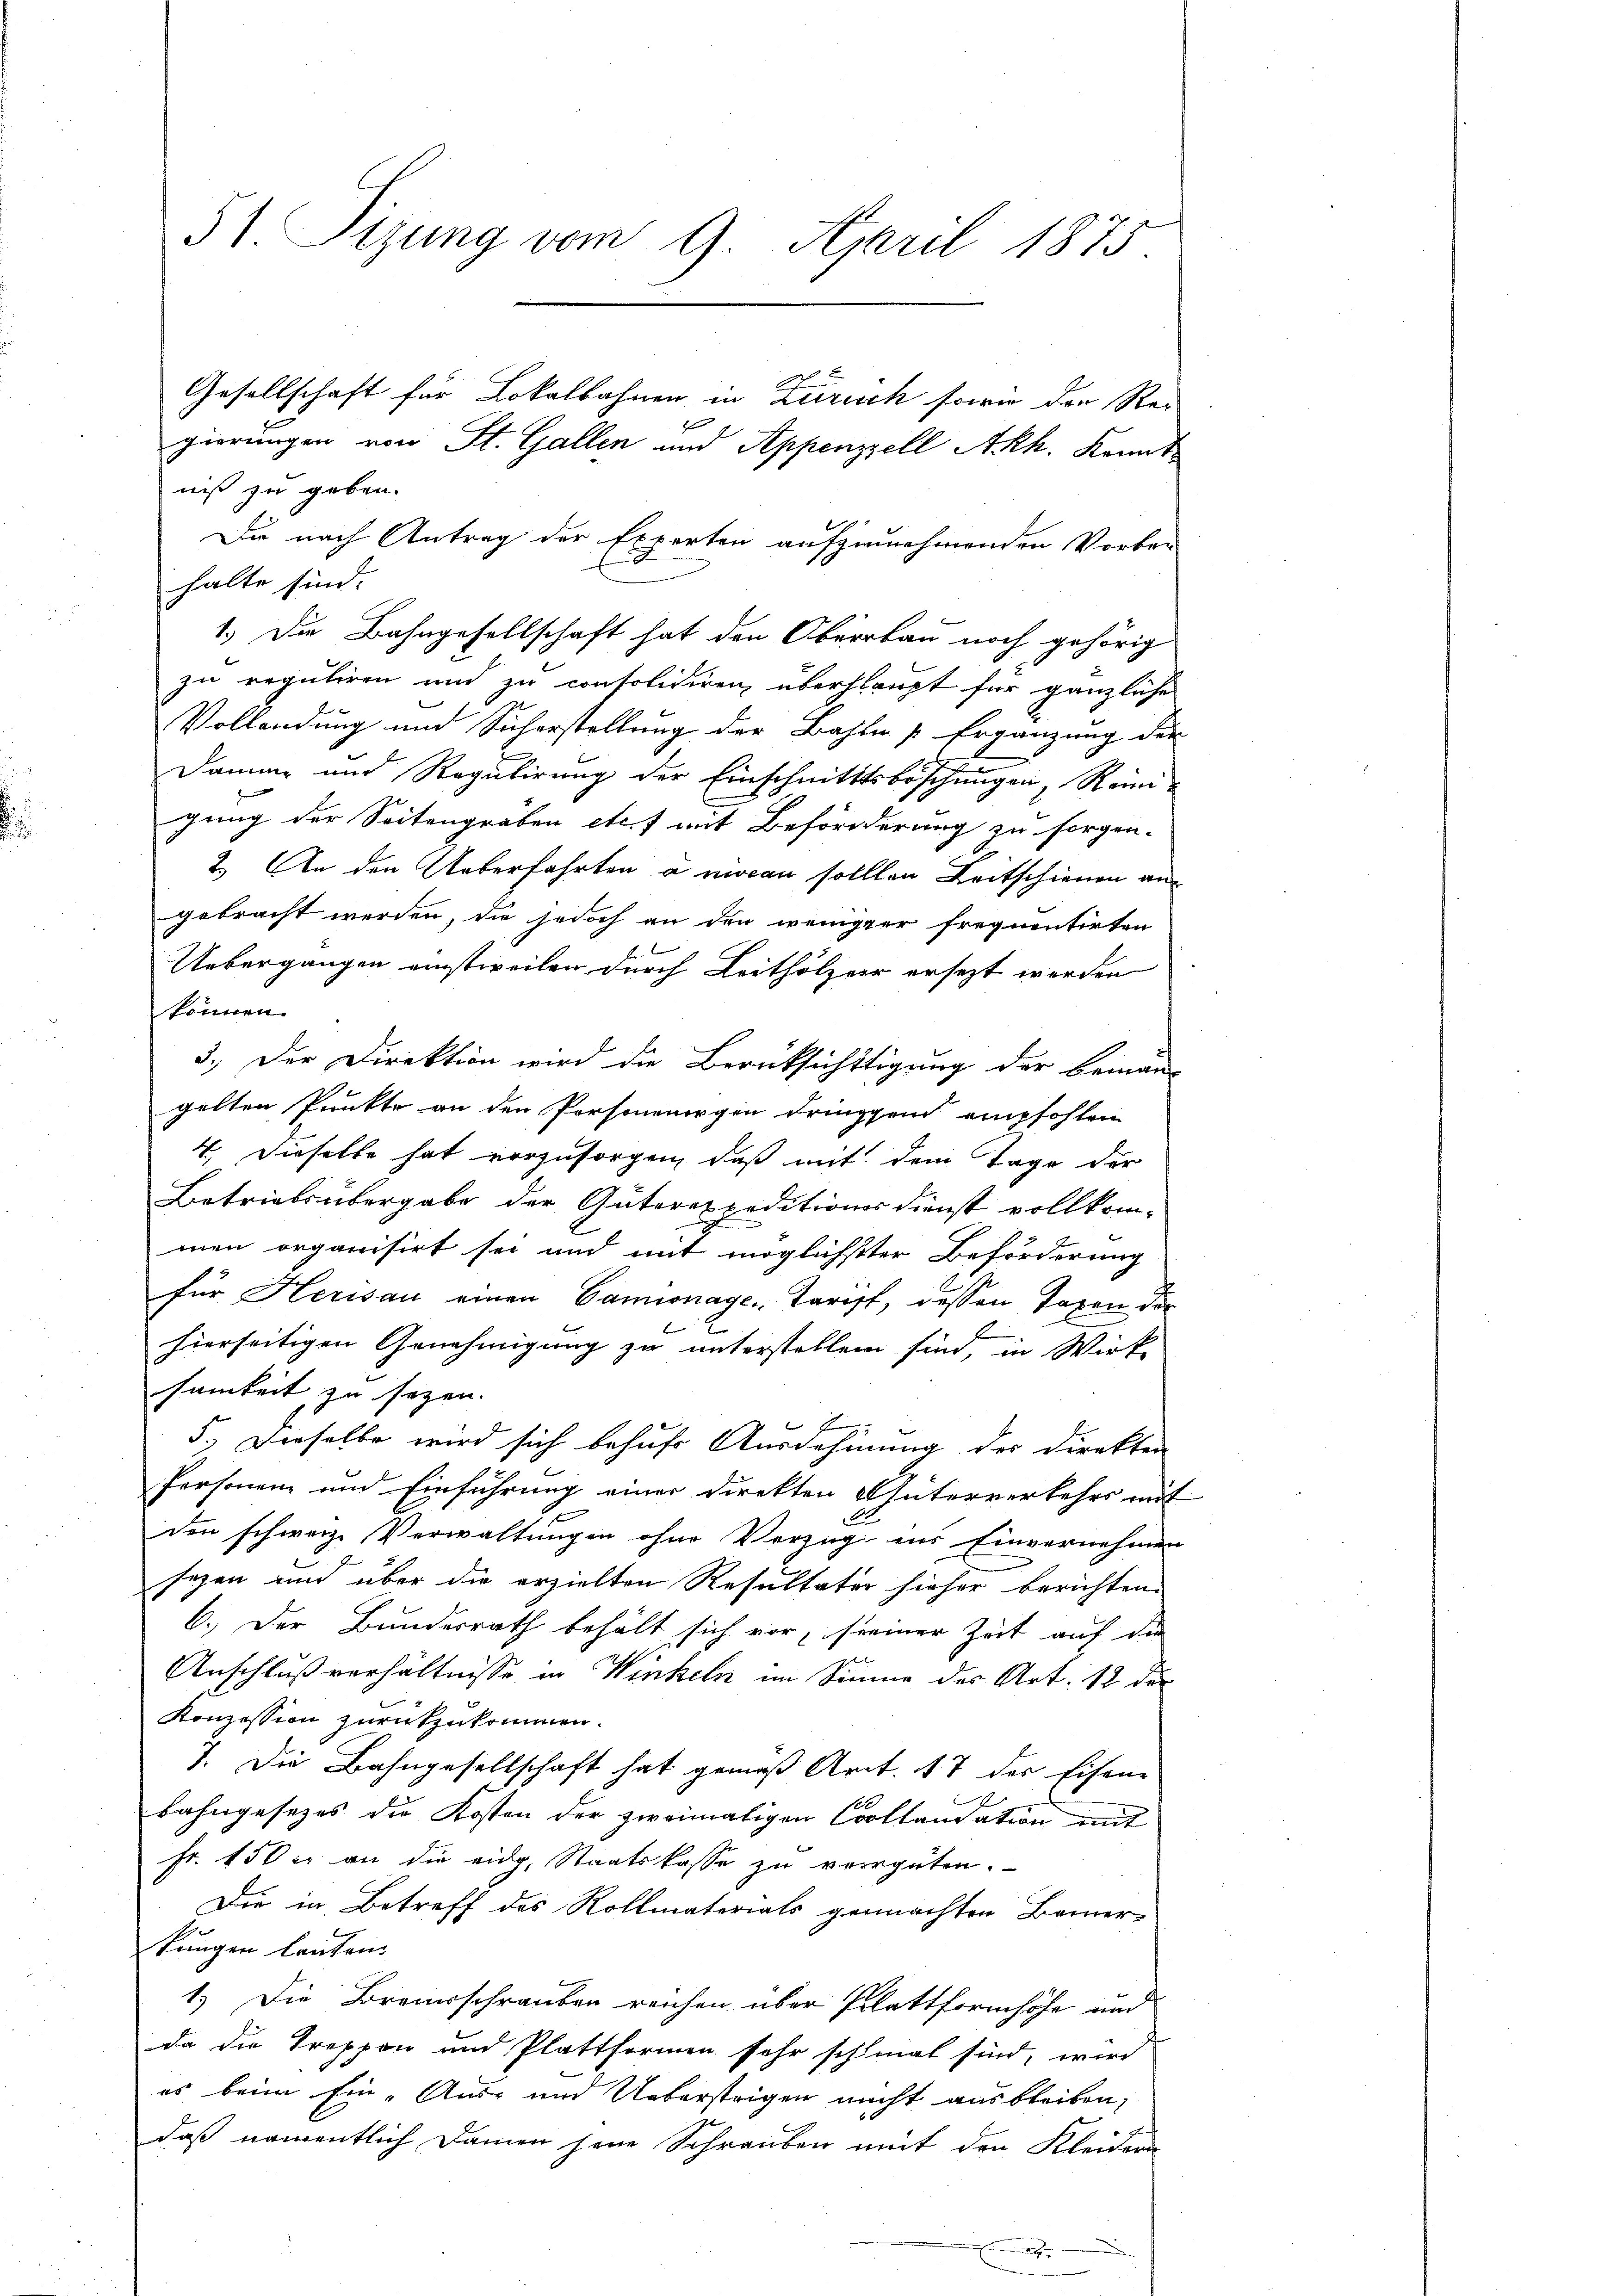
51 Sizung vom 9. April 1875

Gesellschaft für Lokalbahnen in Zürich sowie den Rei-
8
gierungen von St. Gallen und Appenzell Akh. konnt
niß zu geben.
Die nach Antrag der Experten aufzunehmenden Vorbe-
halte sind.
1.) Die Bahngesellschaft hat den Oberrbau noch gehörig
zu reguliren und zu consolidiren überhaupt für gänzliche
Vollendung und Sicherstellung der Bahln [Ergänzung der
Damm und Regulirung der Einschnitttsbeschungen, Reini-
gung der Seitengräben etc. mit Beförderung zu sorgen-
2. An den Ueberfahrten a niccan sollten Leitschienen an
gebracht werden, die jedoch an den weniger frequentirten
Uebergangen einstweilen durch Leithölzer ersezt werden
können.
3.) Der Direktion wird die Berücksichttigung der beman-
gelten Punkte an den Personengen dringgend empfohlen
4. Dieselbe hat vorzusorgen, daß mit dem Tage der
Betriebsübergabe der Güterexpeditionsdienst vollkommen organisirt sei und mit möglichster Beförderung
für Herisau einen Camionage-Tarift, dessen Taxen der
s ver
hierseitigen Genehmigung zu unterstellen sind, in Wirk-
samkeit zu sezen.
5.) Dieselbe wird sich behufs Ausdehnung der Direkter
Personen und Einführung einer direkten Güterverkehrs mit
den schweiz. Verwaltungen ohne Vorzug ins Einvernehmen
sezen und über die erzielten Resultater hieher berichten
6.) Der Bundesrath behält sich vor, seiner Zeit auf die
Anschlußverhältnisse in Winkeln im Sinne des Art. 12 der
Konzession zurückzukommen.
7. Die Bahngesellschaft hat gemäß Art. 17 des Eisene
E

bahngesetzes die Kosten der zweimaligen Coollandation mit
Fr. 150 r. an die eidg. Staatskasse zu vergüten.
Die in Betreff des Rollmaterials gemachten Bemer-
kungen lauten.
1.) Die Brennschrauben reichen über Plattformhöhe und
da die Treppen und Plattformen sehr schmal sind, wird
es beim Ein- Aus- und Ueberstrigen nicht ausbleiben,
daß namentlich Damen jene Schrauben mit den Kleidern